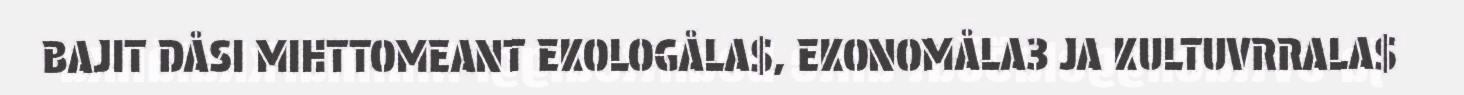
BAJIT DÅSI MIHTTOMEANT EKOLOGÅLA$, EKONOMÅLA3 JA KULTUVRRALA$